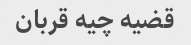
قضیه چیه قربان